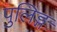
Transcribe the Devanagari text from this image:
पुलिङ्ग